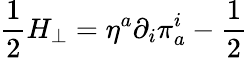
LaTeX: \frac{1}{2}H_{\perp}=\eta^{a}\partial_{i}\pi_{a}^{i}-\frac{1}{2}